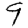
Digit: 9